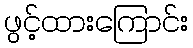
ဖွင့်ထားကြောင်း